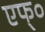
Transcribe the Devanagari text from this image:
एफ्‌०